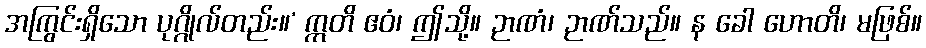
အကြွင်းရှိသော ပုဂ္ဂိုလ်တည်း။’ ဣတိ ဧဝံ၊ ဤသို့။ ဉာဏံ၊ ဉာဏ်သည်။ န ခေါ ဟောတိ၊ မဖြစ်။